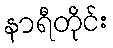
နာရီတိုင်း